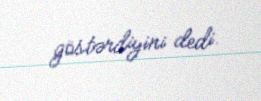
göstərdiyini dedi.